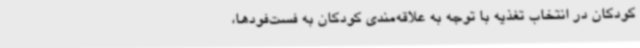
کودکان در انتخاب تغذیه با توجه به علاقه‌مندی کودکان به فست‌فودها،